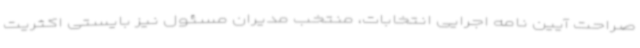
صراحت آیین نامه اجرایی انتخابات، منتخب مدیران مسئول نیز بایستی اکثریت